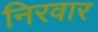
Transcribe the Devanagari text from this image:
निरवार